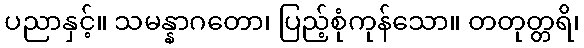
ပညာနှင့်။ သမန္နာဂတော၊ ပြည့်စုံကုန်သော။ တတုတ္တရိ၊